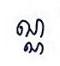
ណ្ណ